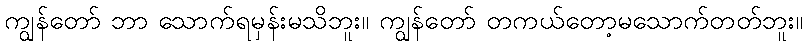
ကျွန်တော် ဘာ သောက်ရမှန်းမသိဘူး။ ကျွန်တော် တကယ်တော့မသောက်တတ်ဘူး။